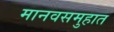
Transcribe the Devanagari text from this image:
मानवसमुहात